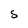
Character: S